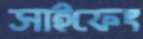
সাইফেং